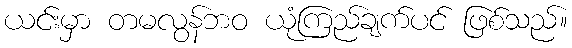
ယင်းမှာ တမလွန်ဘဝ ယုံကြည်ချက်ပင် ဖြစ်သည်။